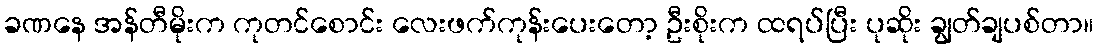
ခဏနေ အန်တီမိုးက ကုတင်စောင်း လေးဖက်ကုန်းပေးတော့ ဦးစိုးက ထရပ်ပြီး ပုဆိုး ချွတ်ချပစ်တာ။